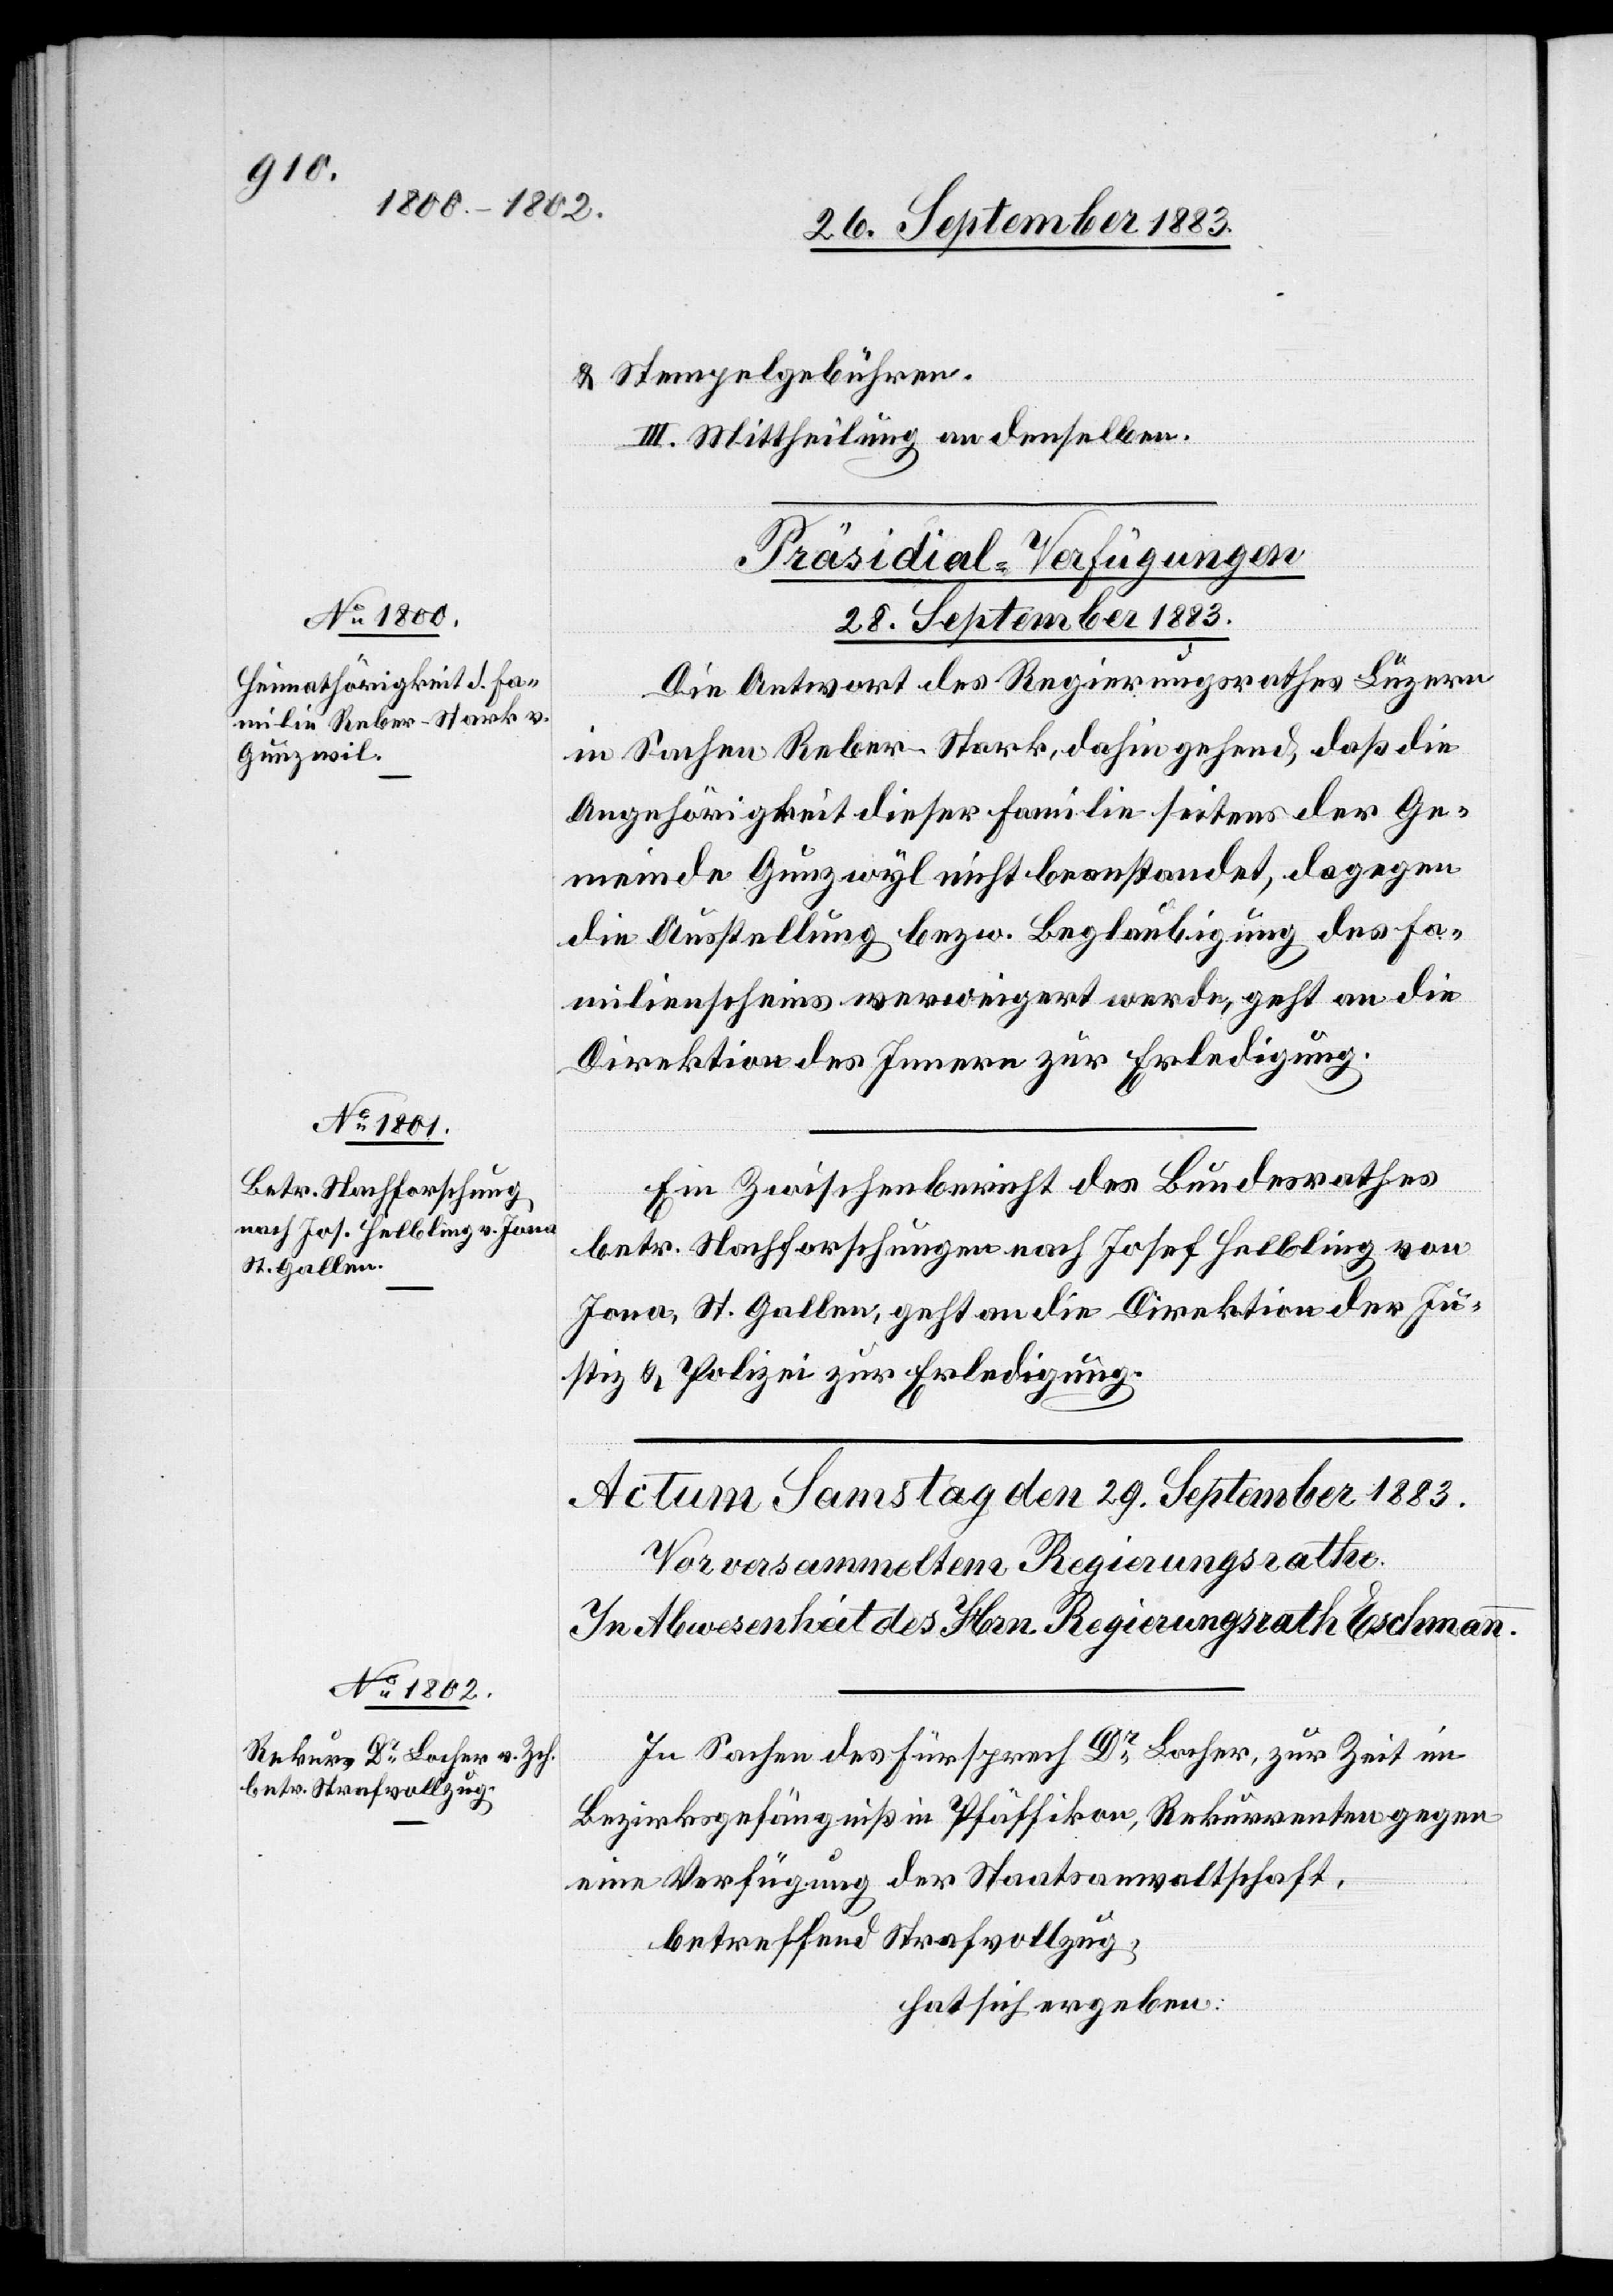
& Stempelgebühren.
III. Mittheilung an denselben.
[Präsidial-Verfügungen.
28. September 1883.]
Die Antwort des Regierungsrathes Luzern
in Sachen Reber-Stark, dahin gehend, daß die
Angehörigkeit dieser Familie Seitens der Ge¬
meinde Gunzwyl [sic!] nicht beanstande, dagegen
die Ausstellung bezw. Beglaubigung des Fa¬
milienscheins verweigert werde, geht an die
Direktion des Innern zur Erledigung.
Ein Zwischenbericht des Bundesrathes
betr. Nachforschungen nach Josef Helbling von
Jona, St. Gallen geht an die Direktion der Ju¬
stiz & Polizei zur Erledigung.
In Sachen des Fürsprech Dr Locher, zur Zeit im
Bezirksgefängniß in Pfäffikon, Rekurrenten gegen
eine Verfügung der Staatsanwaltschaft,
betreffend Strafvollzug,
hat sich ergeben: